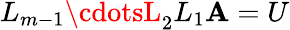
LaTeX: L_{m-1}\cdotsL_{2}L_{1}\mathbf{A}=U